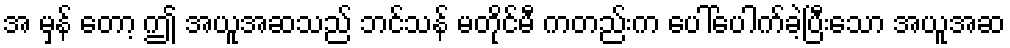
အ မှန် တော့ ဤ အယူအဆသည် ဘင်သန် မတိုင်မီ ကတည်းက ပေါ်ပေါက်ခဲ့ပြီးသော အယူအဆ